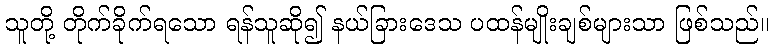
သူတို့ တိုက်ခိုက်ရသော ရန်သူဆို၍ နယ်ခြားဒေသ ပထန်မျိုးချစ်များသာ ဖြစ်သည်။